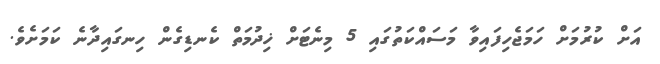
އަށް ކުރުމަށް ހަމަޖެހިފައިވާ މަސައްކަތުގައި 5 މިނެޓަށް ޚިދުމަތް ކެނޑިގެން ހިނގައިދާނެ ކަމަށެވެ.